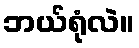
ဘယ်ရုံလဲ။